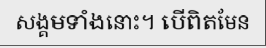
សង្គមទាំងនោះ។ បើពិតមែន